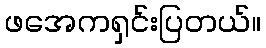
ဖအေကရှင်းပြတယ်။